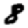
Digit: 8